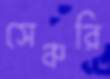
সেঞ্চরি